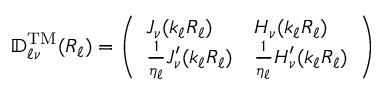
\mathbb { D } _ { \ell \nu } ^ { \mathrm { T M } } ( R _ { \ell } ) = \left( \begin{array} { l l } { J _ { \nu } ( k _ { \ell } R _ { \ell } ) } & { H _ { \nu } ( k _ { \ell } R _ { \ell } ) } \\ { \frac { 1 } { \eta _ { \ell } } J _ { \nu } ^ { \prime } ( k _ { \ell } R _ { \ell } ) } & { \frac { 1 } { \eta _ { \ell } } H _ { \nu } ^ { \prime } ( k _ { \ell } R _ { \ell } ) } \end{array} \right)